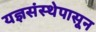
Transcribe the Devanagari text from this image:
यज्ञसंस्थेपासून